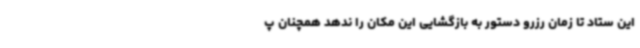
این ستاد تا زمان رزرو دستور به بازگشایی این مکان را ندهد همچنان پ